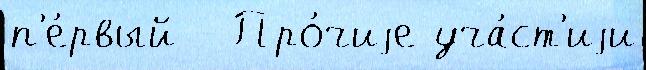
п'е́рвый - Про́чиjе уча́ст'иjи